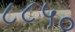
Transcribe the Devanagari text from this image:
८८५०